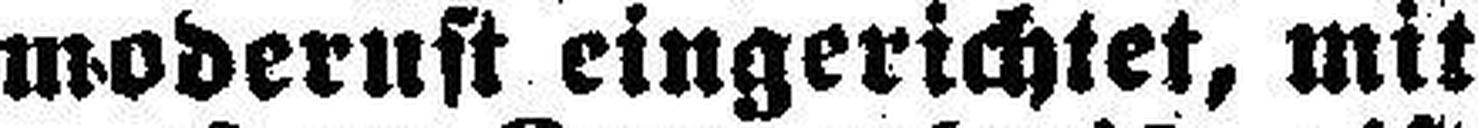
modernst eingerichtet, mit